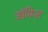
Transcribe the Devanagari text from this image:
अॉफिस